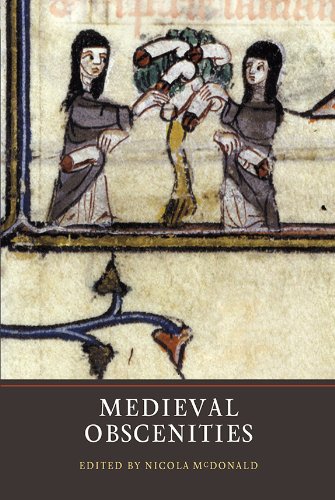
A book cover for Medieval Obscenities; Politics & Social Sciences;